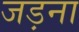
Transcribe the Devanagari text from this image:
जड़ना